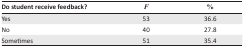
<table><thead><tr><td><b>Do student receive feedback?</b></td><td><b><i>F</i></b></td><td><b>%</b></td></tr></thead><tbody><tr><td>Yes</td><td>53</td><td>36.6</td></tr><tr><td>No</td><td>40</td><td>27.8</td></tr><tr><td>Sometimes</td><td>51</td><td>35.4</td></tr></tbody></table>